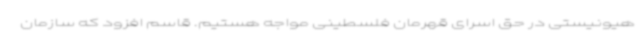
هیونیستی در حق اسرای قهرمان فلسطینی مواجه هستیم. قاسم افزود که سازمان